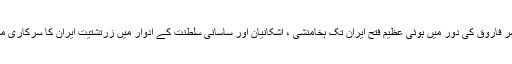
سیدنا عمر فاروق کی دور میں ہوئی عظیم فتح ایران تک ہخامنشی ، اشکانیان اور ساسانی سلطنت کے ادوار میں زرتشتیت ایران کا سرکاری مذہب تھا۔